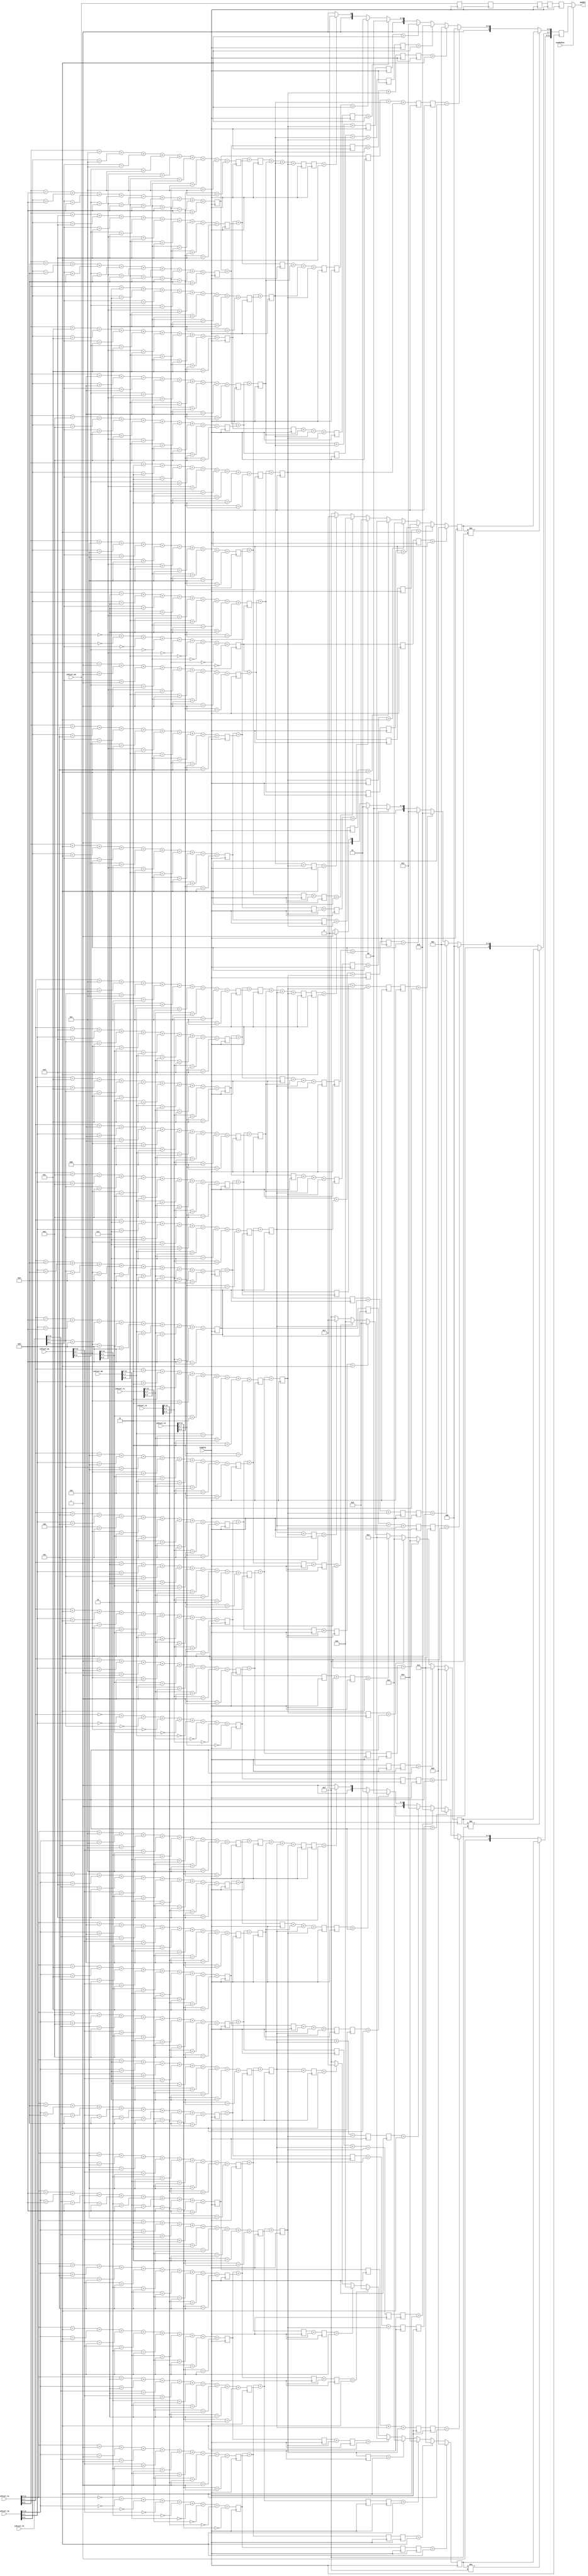
`timescale 1ns / 1ps
//////////////////////////////////////////////////////////////////////////////////
// Company: 
// Engineer: 
// 
// Design Name: 
// Module Name: MedianFilter
// Project Name: 
// Target Devices: 
// Tool Versions: 
// Description: 
// 
// Dependencies: 
// 
// Revision:
// Revision 0.01 - File Created
// Additional Comments:
// 
//////////////////////////////////////////////////////////////////////////////////

// contains 4 extra clocks.
module MedianFilter(
    input         readClk,
    input         useMedian,
    input [11:0]  inPixel_lu,
    input [11:0]  inPixel_lm,
    input [11:0]  inPixel_ld,
    input [11:0]  inPixel_mu,
    input [11:0]  inPixel_mm,
    input [11:0]  inPixel_md,
    input [11:0]  inPixel_ru,
    input [11:0]  inPixel_rm,
    input [11:0]  inPixel_rd,
    
    output [11:0] medOut
    );
    
    reg  [11:0] origPix [4:0];
    wire [3:0] numR ['hF:0];
    wire [3:0] numG ['hF:0];
    wire [3:0] numB ['hF:0];
    
    genvar i;
    generate
        for(i=0; i < 'hF; i=i+1) begin
            assign numR[i] =    (inPixel_lu[11:8] == i) + 
                                (inPixel_lm[11:8] == i) + 
                                (inPixel_ld[11:8] == i) + 
                                (inPixel_mu[11:8] == i) + 
                                (inPixel_mm[11:8] == i) + 
                                (inPixel_md[11:8] == i) + 
                                (inPixel_ru[11:8] == i) + 
                                (inPixel_rm[11:8] == i) + 
                                (inPixel_rd[11:8] == i);

            assign numG[i] =    (inPixel_lu[7:4] == i) + 
                                (inPixel_lm[7:4] == i) + 
                                (inPixel_ld[7:4] == i) + 
                                (inPixel_mu[7:4] == i) + 
                                (inPixel_mm[7:4] == i) + 
                                (inPixel_md[7:4] == i) + 
                                (inPixel_ru[7:4] == i) + 
                                (inPixel_rm[7:4] == i) + 
                                (inPixel_rd[7:4] == i);

            assign numB[i] =    (inPixel_lu[3:0] == i) + 
                                (inPixel_lm[3:0] == i) + 
                                (inPixel_ld[3:0] == i) + 
                                (inPixel_mu[3:0] == i) + 
                                (inPixel_mm[3:0] == i) + 
                                (inPixel_md[3:0] == i) + 
                                (inPixel_ru[3:0] == i) + 
                                (inPixel_rm[3:0] == i) + 
                                (inPixel_rd[3:0] == i);
        end
    endgenerate
    
    reg [3:0] numRreg ['hF:0];
    reg [3:0] numGreg ['hF:0];
    reg [3:0] numBreg ['hF:0];
    integer j;
    always@(posedge readClk) begin
        origPix[0] <= inPixel_mm;
        for (j=0; j < 'hF; j=j+1) begin
            numRreg[j] <= numR[j];
            numGreg[j] <= numG[j];
            numBreg[j] <= numB[j];
        end
    end
    
    wire [3:0] totR1 ['hF:0];
    wire [3:0] totG1 ['hF:0];
    wire [3:0] totB1 ['hF:0];
    
    assign totR1[0] = numRreg[0];
    assign totG1[0] = numGreg[0];
    assign totB1[0] = numBreg[0];
    
    assign totR1[4] = numRreg[4];
    assign totG1[4] = numGreg[4];
    assign totB1[4] = numBreg[4];
    
    assign totR1[8] = numRreg[8];
    assign totG1[8] = numGreg[8];
    assign totB1[8] = numBreg[8];
    
    assign totR1[12] = numRreg[12];
    assign totG1[12] = numGreg[12];
    assign totB1[12] = numBreg[12];
    genvar k;
    generate
        for(k=1; k<'h4; k=k+1) begin
            assign totR1[k]    = totR1[k-1]    + numRreg[k];
            assign totG1[k]    = totG1[k-1]    + numGreg[k];
            assign totB1[k]    = totB1[k-1]    + numBreg[k];
            assign totR1[k+4]  = totR1[k+4-1]  + numRreg[k+4];
            assign totG1[k+4]  = totG1[k+4-1]  + numGreg[k+4];
            assign totB1[k+4]  = totB1[k+4-1]  + numBreg[k+4];
            assign totR1[k+8]  = totR1[k+8-1]  + numRreg[k+8];
            assign totG1[k+8]  = totG1[k+8-1]  + numGreg[k+8];
            assign totB1[k+8]  = totB1[k+8-1]  + numBreg[k+8];
            assign totR1[k+12] = totR1[k+12-1] + numRreg[k+12];
            assign totG1[k+12] = totG1[k+12-1] + numGreg[k+12];
            assign totB1[k+12] = totB1[k+12-1] + numBreg[k+12];
        end
    endgenerate
    
    reg [3:0] totRreg1 ['hF:0];
    reg [3:0] totGreg1 ['hF:0];
    reg [3:0] totBreg1 ['hF:0];
    
    reg [3:0] totRreg ['hF:0];
    reg [3:0] totGreg ['hF:0];
    reg [3:0] totBreg ['hF:0];
    
    integer m;  
    always@(posedge readClk) begin
        origPix[1] <= origPix[0];
        for (m=0; m < 'hF; m=m+1) begin
            totRreg1[m] <= totR1[m];
            totGreg1[m] <= totG1[m];
            totBreg1[m] <= totB1[m];
        end
    end
    
    wire [3:0] totR ['hF:0];
    wire [3:0] totG ['hF:0];
    wire [3:0] totB ['hF:0];
    genvar n;
    generate
        for(n=0; n<4; n=n+1) begin
            assign totR[n] = totRreg1[n];
            assign totG[n] = totGreg1[n];
            assign totB[n] = totBreg1[n];
        end
        for(n=4; n<8; n=n+1) begin
            assign totR[n] = totRreg1[n]  + totRreg1[3];
            assign totG[n] = totGreg1[n]  + totGreg1[3];
            assign totB[n] = totBreg1[n]  + totBreg1[3];
        end
        for(n=8; n<12; n=n+1) begin
            assign totR[n] = totRreg1[n]  + totRreg1[7] + totRreg1[3];
            assign totG[n] = totGreg1[n]  + totGreg1[7] + totGreg1[3];
            assign totB[n] = totBreg1[n]  + totBreg1[7] + totBreg1[3];
        end
        for(n=12; n<16; n=n+1) begin
            assign totR[n] = totRreg1[n]  + totRreg1[11] + totRreg1[7] + totRreg1[3];
            assign totG[n] = totGreg1[n]  + totGreg1[11] + totGreg1[7] + totGreg1[3];
            assign totB[n] = totBreg1[n]  + totBreg1[11] + totBreg1[7] + totBreg1[3];
        end
    endgenerate
    
    integer o;
    always@(posedge readClk) begin
        origPix[2] <= origPix[1];
        for (o=0; o < 'hF; o=o+1) begin
            totRreg[o] <= totR[o];
            totGreg[o] <= totG[o];
            totBreg[o] <= totB[o];
        end
    end
    
    wire [3:0] medR1;
    wire [3:0] medG1;
    wire [3:0] medB1;
    
    assign medR1 =  (totRreg[0]  > 4'h4) ? 4'h0 :
                    (totRreg[1]  > 4'h4) ? 4'h1 :
                    (totRreg[2]  > 4'h4) ? 4'h2 :
                    (totRreg[3]  > 4'h4) ? 4'h3 :
                    (totRreg[4]  > 4'h4) ? 4'h4 :
                    (totRreg[5]  > 4'h4) ? 4'h5 :
                    (totRreg[6]  > 4'h4) ? 4'h6 :
                    (totRreg[7]  > 4'h4) ? 4'h7 : 4'hF;
                    
                    
                    
    assign medG1 =  (totGreg[0]  > 4'h4) ? 4'h0 :
                    (totGreg[1]  > 4'h4) ? 4'h1 :
                    (totGreg[2]  > 4'h4) ? 4'h2 :
                    (totGreg[3]  > 4'h4) ? 4'h3 :
                    (totGreg[4]  > 4'h4) ? 4'h4 :
                    (totGreg[5]  > 4'h4) ? 4'h5 :
                    (totGreg[6]  > 4'h4) ? 4'h6 :
                    (totGreg[7]  > 4'h4) ? 4'h7 : 4'hF;
                    
                    
                    
    assign medB1 =  (totBreg[0]  > 4'h4) ? 4'h0 :
                    (totBreg[1]  > 4'h4) ? 4'h1 :
                    (totBreg[2]  > 4'h4) ? 4'h2 :
                    (totBreg[3]  > 4'h4) ? 4'h3 :
                    (totBreg[4]  > 4'h4) ? 4'h4 :
                    (totBreg[5]  > 4'h4) ? 4'h5 :
                    (totBreg[6]  > 4'h4) ? 4'h6 :
                    (totBreg[7]  > 4'h4) ? 4'h7 : 4'hF;
                    
                    
    
    reg [3:0] medRreg;
    reg [3:0] medGreg;
    reg [3:0] medBreg;
    
    reg [3:0] totRreg2 [6:0];
    reg [3:0] totGreg2 [6:0];
    reg [3:0] totBreg2 [6:0];
    
    integer p;
    always@(posedge readClk) begin
        origPix[3] <= origPix[2];
        medRreg <= medR1;
        medGreg <= medG1;
        medBreg <= medB1;

        for (p=0; p < 7; p=p+1) begin
            totRreg2[p] <= totRreg[8+p];
            totGreg2[p] <= totGreg[8+p];
            totBreg2[p] <= totBreg[8+p];
        end
    end
    
    wire [3:0] medR;
    wire [3:0] medG;
    wire [3:0] medB;
    
    assign medR =   (medRreg != 4'hF)     ? medRreg : 
                    (totRreg2[0]  > 4'h4) ? 4'h8 :
                    (totRreg2[1]  > 4'h4) ? 4'h9 :
                    (totRreg2[2] > 4'h4) ? 4'hA :
                    (totRreg2[3] > 4'h4) ? 4'hB :
                    (totRreg2[4] > 4'h4) ? 4'hC :
                    (totRreg2[5] > 4'h4) ? 4'hD :
                    (totRreg2[6] > 4'h4) ? 4'hE : 4'hF;
                    
    assign medG =   (medGreg != 4'hF)     ? medGreg :
                    (totGreg2[0]  > 4'h4) ? 4'h8 :
                    (totGreg2[1]  > 4'h4) ? 4'h9 :
                    (totGreg2[2] > 4'h4) ? 4'hA :
                    (totGreg2[3] > 4'h4) ? 4'hB :
                    (totGreg2[4] > 4'h4) ? 4'hC :
                    (totGreg2[5] > 4'h4) ? 4'hD :
                    (totGreg2[6] > 4'h4) ? 4'hE : 4'hF;
                    
    assign medB =   (medBreg != 4'hF)     ? medBreg :
                    (totBreg2[0]  > 4'h4) ? 4'h8 :
                    (totBreg2[1]  > 4'h4) ? 4'h9 :
                    (totBreg2[2] > 4'h4) ? 4'hA :
                    (totBreg2[3] > 4'h4) ? 4'hB :
                    (totBreg2[4] > 4'h4) ? 4'hC :
                    (totBreg2[5] > 4'h4) ? 4'hD :
                    (totBreg2[6] > 4'h4) ? 4'hE : 4'hF;

    reg [11:0] medPix;
    always@(posedge readClk) begin
        origPix[4] <= origPix[3];
        medPix <= {medR, medG, medB};
    end

    assign medOut = (useMedian) ? medPix : origPix[4];
endmodule